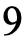
9